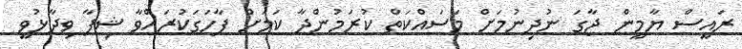
ރައީސް ޔާމީން ޖާގަ ނުދިނުމަށް މަސައްކަތް ކުރަމުންދާ ކަމަށް ފާހަގަކުރައްވާ ޝިފާ ވިދާޅުވީ